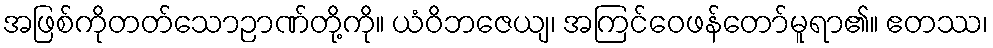
အဖြစ်ကိုတတ်သောဉာဏ်တို့ကို။ ယံဝိဘဇေယျ၊ အကြင်ဝေဖန်တော်မူရာ၏။ ဧတဿ၊